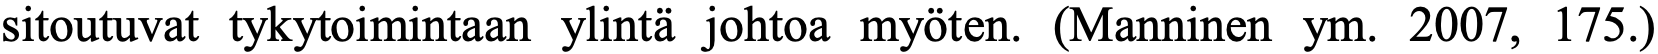
sitoutuvat tykytoimintaan ylintä johtoa myöten. (Manninen ym. 2007, 175.)